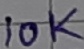
Text: 10K